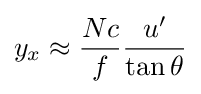
y_{x}\approx {\frac {Nc}{f}}{\frac {u'}{\tan \theta }}